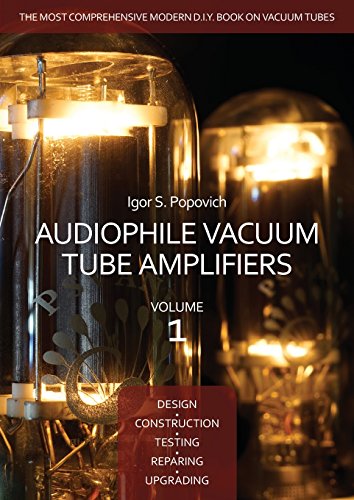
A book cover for Audiophile Vacuum Tube Amplifiers - Design, Construction, Testing, Repairing & Upgrading, Volume 1; Igor S. Popovich; Science & Math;